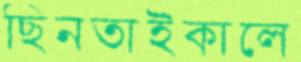
ছিনতাইকালে